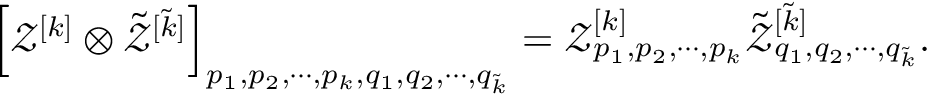
\left[ \mathcal { Z } ^ { [ k ] } \otimes \tilde { \mathcal { Z } } ^ { [ \tilde { k } ] } \right] _ { p _ { 1 } , p _ { 2 } , \cdots , p _ { k } , q _ { 1 } , q _ { 2 } , \cdots , q _ { \tilde { k } } } = \mathcal { Z } _ { p _ { 1 } , p _ { 2 } , \cdots , p _ { k } } ^ { [ k ] } \tilde { \mathcal { Z } } _ { q _ { 1 } , q _ { 2 } , \cdots , q _ { \tilde { k } } } ^ { [ \tilde { k } ] } .